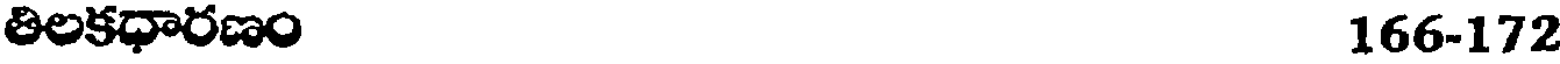
తిలకధారణం 166-172